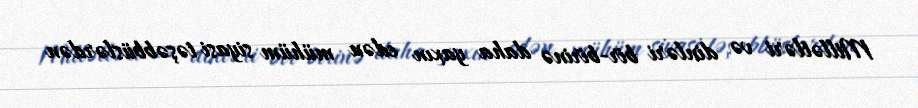
Millətləri və dinləri bir-birinə daha yaxın edən mühüm siyasi təşəbbüslərdən